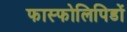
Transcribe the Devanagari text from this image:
फास्फोलिपिडों